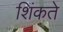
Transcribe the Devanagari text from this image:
शिंकते